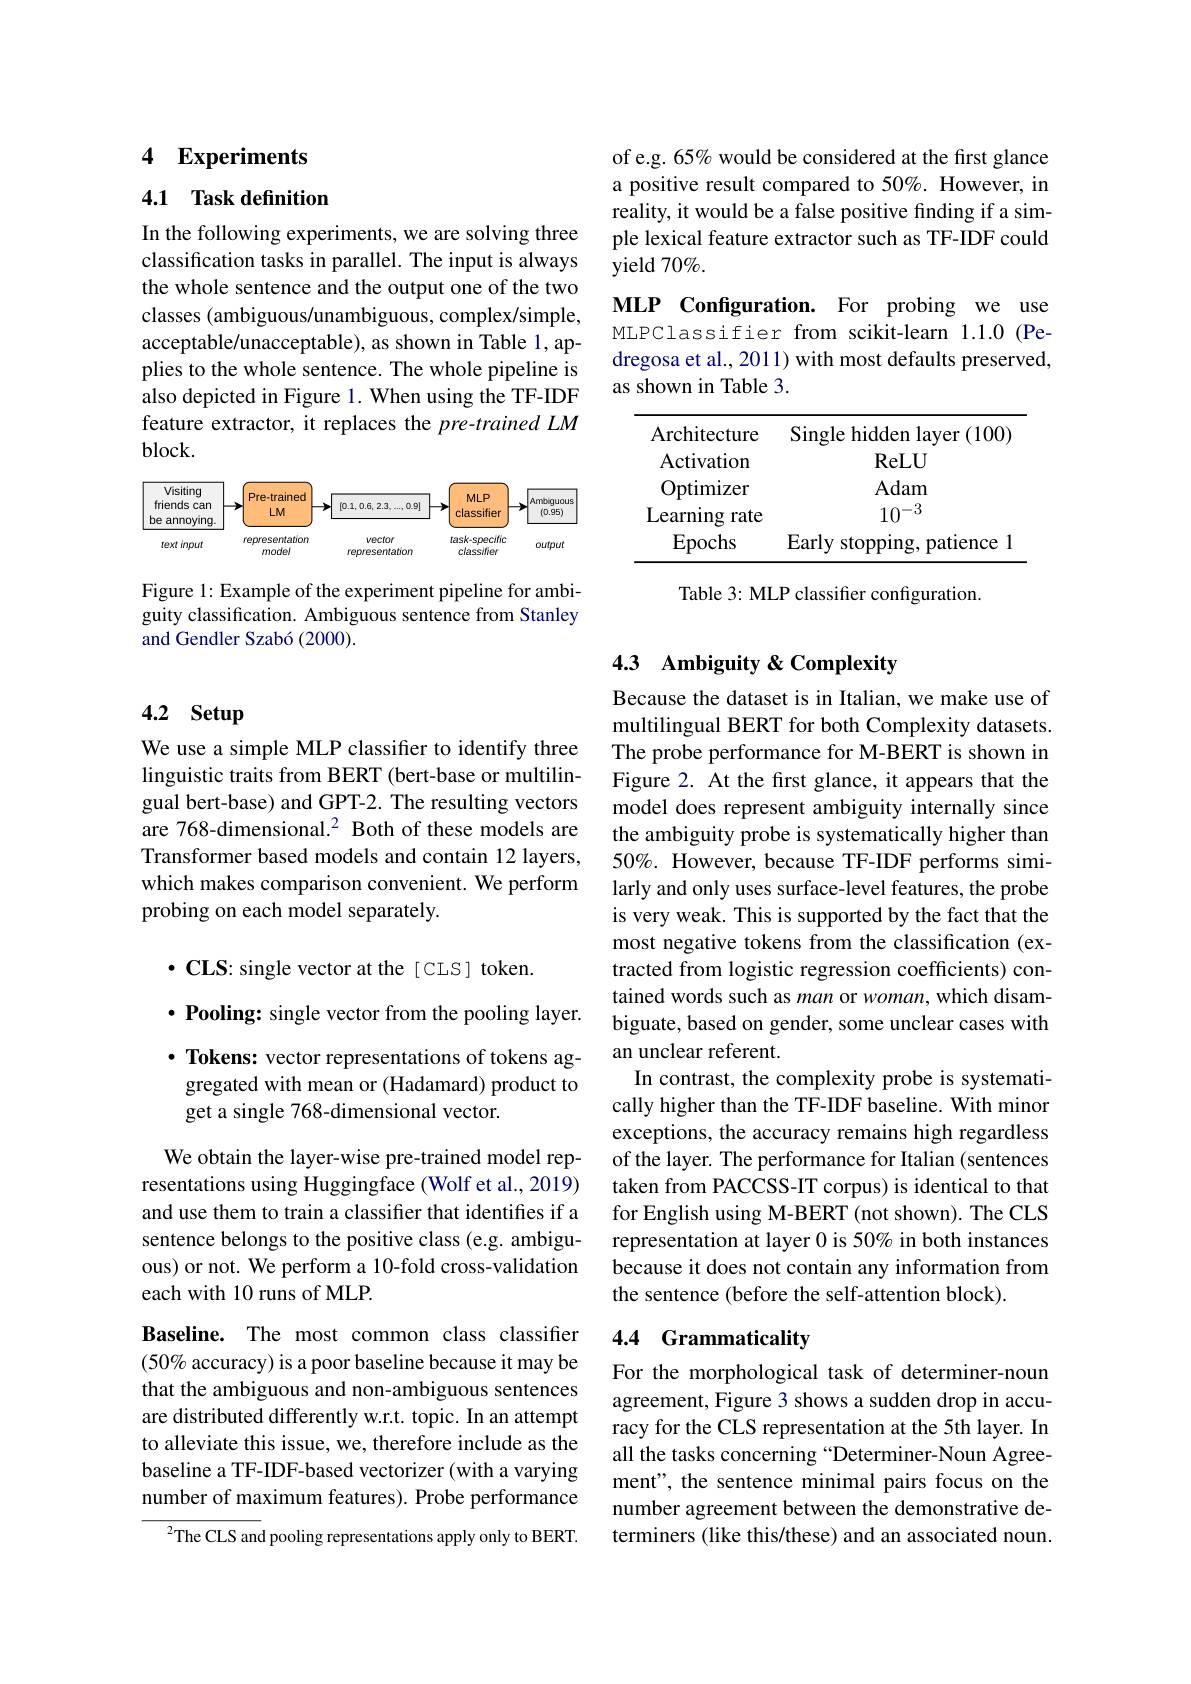
# 4 Experiments

## 4.1 Task definition

In the following experiments, we are solving three classification tasks in parallel. The input is always the whole sentence and the output one of the two classes (ambiguous/unambiguous, complex/simple, acceptable/unacceptable), as shown in Table 1, applies to the whole sentence. The whole pipeline is also depicted in Figure 1. When using the TF-IDF feature extractor, it replaces the pre-trained LM $block.$

<FigureHere>

Figure 1: Example of the experiment pipeline for ambiguity classification. Ambiguous sentence from Stanley and Gendler Szabó (2000).

# 4.2 Setup

We use a simple MLP classifier to identify three linguistic traits from BERT (bert-base or multilingual bert-base) and GPT-2. The resulting vectors are 768-dimensional.$^{2}$ Both of these models are Transformer based models and contain 12 layers, which makes comparison convenient. We perform probing on each model separately.

$\bullet\mathbf{CLS}$: single vector at the[ CLS] token.
$\cdot \textbf{Pooling: single vector from the pooling layer. }$

$\cdot$ Tokens: vector representations of tokens aggregated with mean or (Hadamard) product to get a single 768-dimensional vector.

We obtain the layer-wise pre-trained model representations using Huggingface (Wolf et al., 2019) and use them to train a classifier that identifies if a sentence belongs to the positive class (e.g. ambiguous) or not. We perform a 10-fold cross-validation each with 10 runs of MLP.

Baseline. The most common class classifier $(50\%$ accuracy) is a poor baseline because it may be that the ambiguous and non-ambiguous sentences are distributed differently w.r.t. topic. In an attempt to alleviate this issue, we, therefore include as the baseline a TF-IDF-based vectorizer (with a varying number of maximum features). Probe performance

${{^{2}}}$The CLS and pooling representations apply only to BERT.

of e.g. 65% would be considered at the first glance a positive result compared to 50%. However, in reality, it would be a false positive finding if a simple lexical feature extractor such as TF-IDF could yield 70%.

MLP Configuration. For probing we use MLPClassifier from scikit-learn 1.1.0 (Pedregosa et al., 2011) with most defaults preserved, as shown in Table 3.

<table>
	<tbody>
		<tr>
			<th>Architecture</th>
			<th>Single hidden layer (100)</th>
		</tr>
		<tr>
			<td>Activation</td>
			<td>ReLU</td>
		</tr>
		<tr>
			<td>Optimizer</td>
			<td>Adam</td>
		</tr>
		<tr>
			<td>earning rate</td>
			<td>$10^{-3}$</td>
		</tr>
		<tr>
			<td>Epochs</td>
			<td>Early stopping, patience</td>
		</tr>
	</tbody>
</table>

Table 3: MLP classifier configuration.

## 4.3 Ambiguity & Complexity

Because the dataset is in Italian, we make use of multilingual BERT for both Complexity datasets. The probe performance for M-BERT is shown in Figure 2. At the first glance, it appears that the model does represent ambiguity internally since the ambiguity probe is systematically higher than 50%. However, because TF-IDF performs similarly and only uses surface-level features, the probe is very weak. This is supported by the fact that the most negative tokens from the classification (extracted from logistic regression coefficients) contained words such as man or woman, which disambiguate, based on gender, some unclear cases with an unclear referent.
In contrast, the complexity probe is systematically higher than the TF-IDF baseline. With minor exceptions, the accuracy remains high regardless of the layer. The performance for Italian (sentences taken from PACCSS-IT corpus) is identical to that for English using M-BERT (not shown). The CLS representation at layer 0 is 50% in both instances because it does not contain any information from the sentence (before the self-attention block).

## 4.4 Grammaticality

For the morphological task of determiner-noun agreement, Figure 3 shows a sudden drop in accuracy for the CLS representation at the 5th layer. In all the tasks concerning “Determiner-Noun Agreement", the sentence minimal pairs focus on the number agreement between the demonstrative determiners (like this/these) and an associated noun.